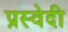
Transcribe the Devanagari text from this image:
प्रस्वेदी